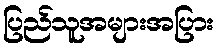
ပြည်သူအများအပြား